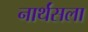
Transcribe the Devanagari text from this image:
नार्थंसला